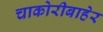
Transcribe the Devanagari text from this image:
चाकोरीबाहेर